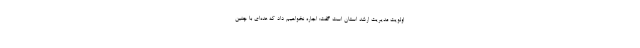
اولویت مدیریت ارشد استان است گفت: اجاره نخواهیم داد که عده‌ای با چنین